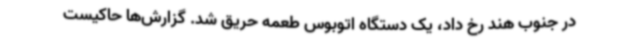
در جنوب هند رخ داد، یک دستگاه اتوبوس طعمه حریق شد. گزارش‌ها حاکیست